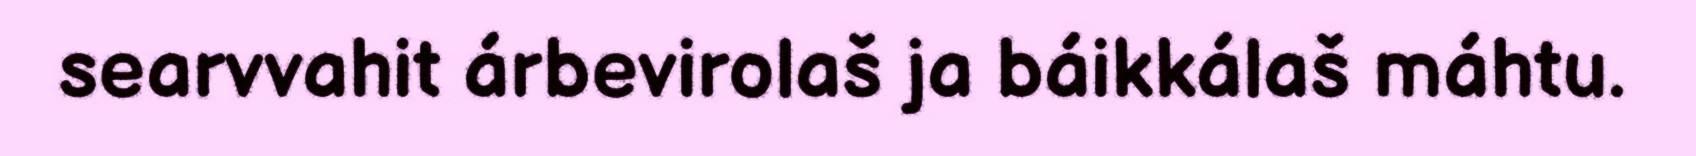
searvvahit árbevirolaš ja báikkálaš máhtu.